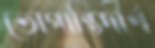
ভোগান্তিদীর্ণ